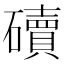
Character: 𥖿